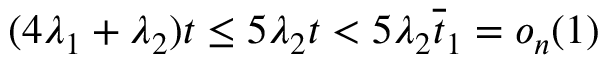
( 4 \lambda _ { 1 } + \lambda _ { 2 } ) t \le 5 \lambda _ { 2 } t < 5 \lambda _ { 2 } \overline { { t } } _ { 1 } = o _ { n } ( 1 )